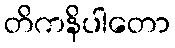
တိကနိပါတော